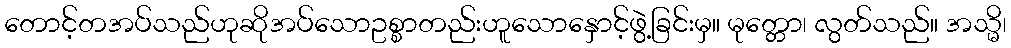
တောင့်တအပ်သည်ဟုဆိုအပ်သောဥစ္စာတည်းဟူသောနှောင့်ဖွဲ့ခြင်းမှ။ မုတ္တော၊ လွတ်သည်။ အသ္မိ၊